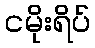
ငမိုးရိပ်